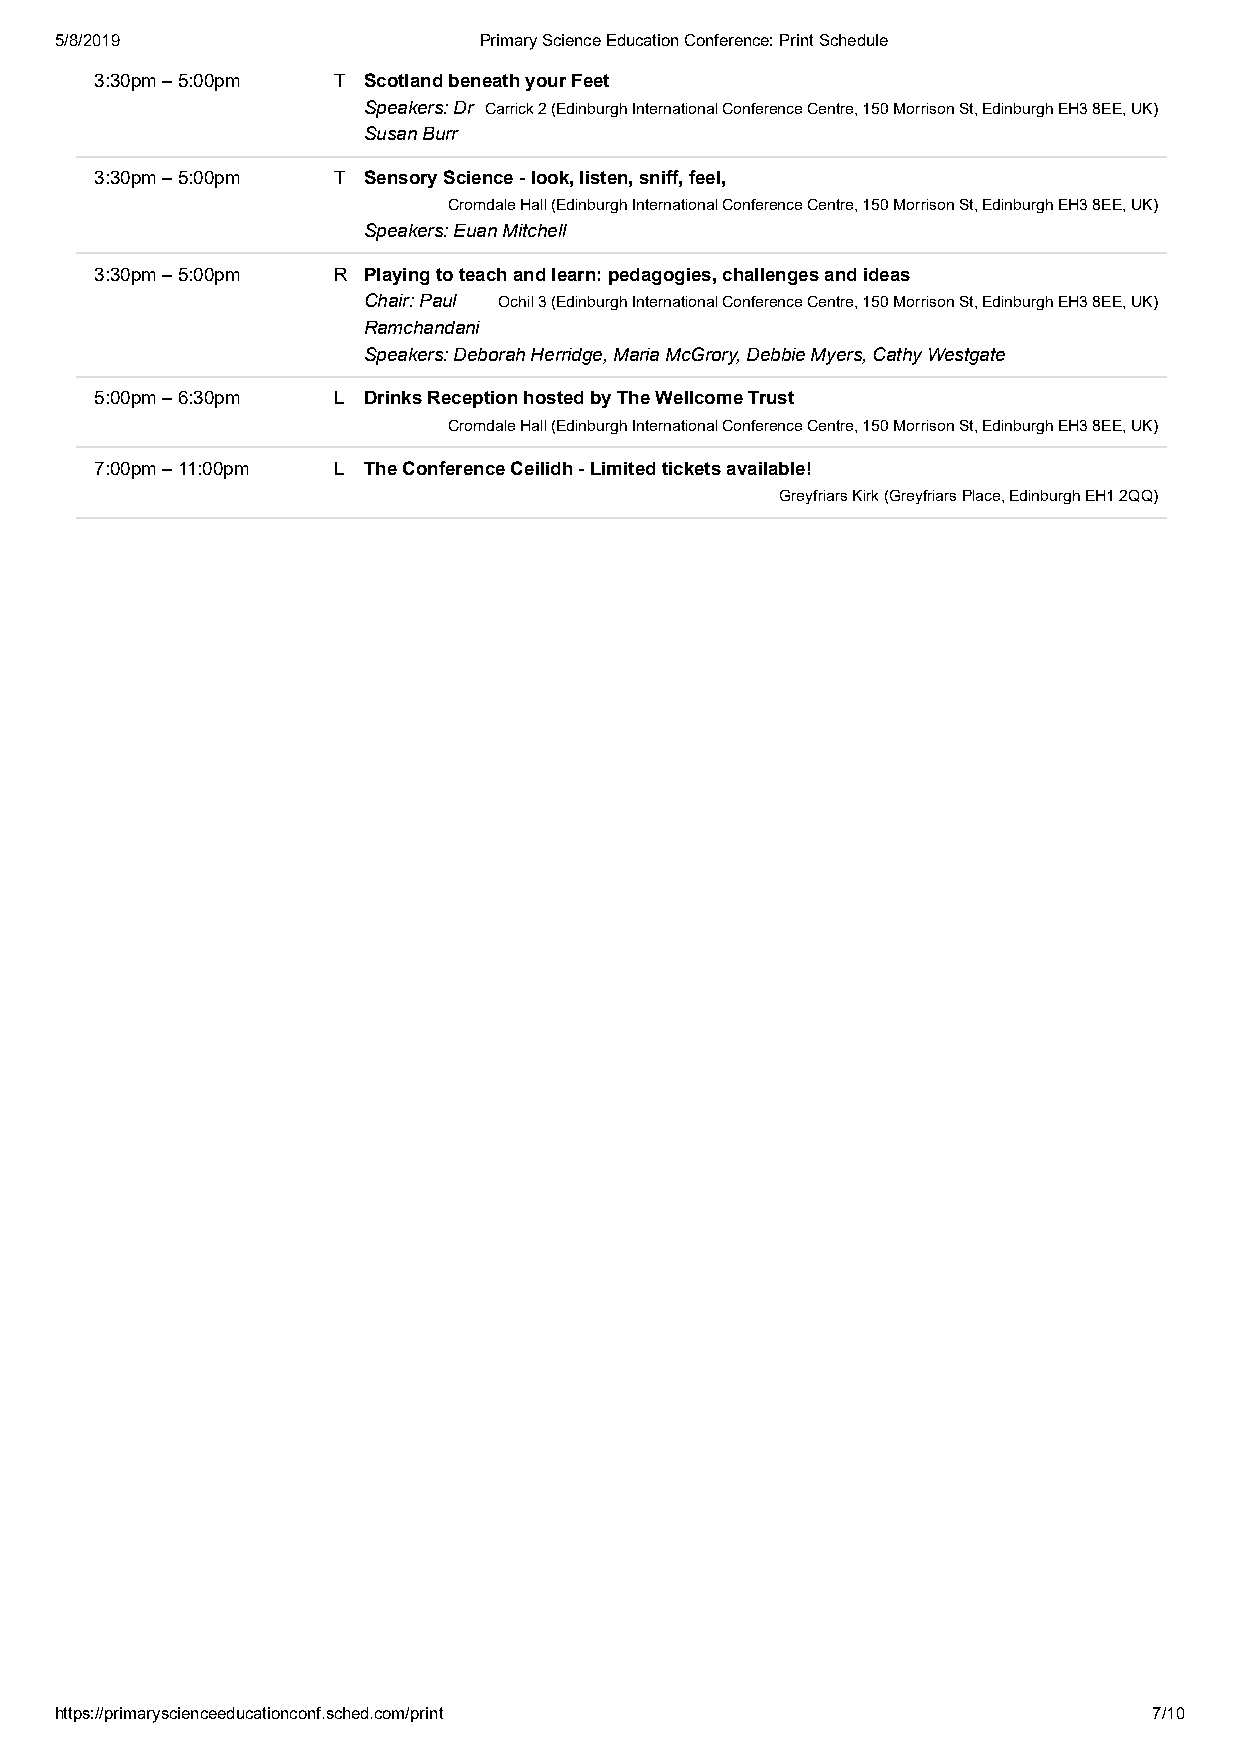
5/8/2019                    Primary Science Education Conference: Print Schedule
 3:30pm – 5:00pm T Scotland beneath your Feet
 Speakers: Dr Carrick 2 (Edinburgh International Conference Centre, 150 Morrison St, Edinburgh EH3 8EE, UK)
 Susan Burr
 3:30pm – 5:00pm T Sensory Science - look, listen, sniff, feel,
 Cromdale Hall (Edinburgh International Conference Centre, 150 Morrison St, Edinburgh EH3 8EE, UK)
 Speakers: Euan Mitchell
 3:30pm – 5:00pm R Playing to teach and learn: pedagogies, challenges and ideas
 Chair: Paul Ochil 3 (Edinburgh International Conference Centre, 150 Morrison St, Edinburgh EH3 8EE, UK)
 Ramchandani
 Speakers: Deborah Herridge, Maria McGrory, Debbie Myers, Cathy Westgate
 5:00pm – 6:30pm L Drinks Reception hosted by The Wellcome Trust
 Cromdale Hall (Edinburgh International Conference Centre, 150 Morrison St, Edinburgh EH3 8EE, UK)
 7:00pm – 11:00pm L The Conference Ceilidh - Limited tickets available!
 Greyfriars Kirk (Greyfriars Place, Edinburgh EH1 2QQ)
 https://primaryscienceeducationconf.sched.com/print                     7/10